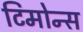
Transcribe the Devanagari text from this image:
टिमोन्स